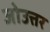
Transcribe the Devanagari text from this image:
जोउत्तर